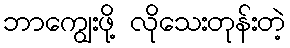
ဘာကျွေးဖို့ လိုသေးတုန်းတဲ့